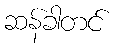
ဆန်ခါတင်